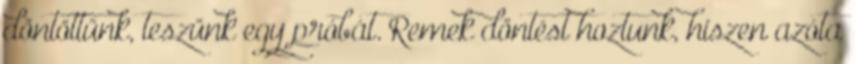
döntöttünk, teszünk egy próbát. Remek döntést hoztunk, hiszen azóta